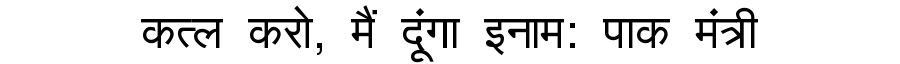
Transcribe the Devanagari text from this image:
कत्ल करो, मैं दूंगा इनाम: पाक मंत्री